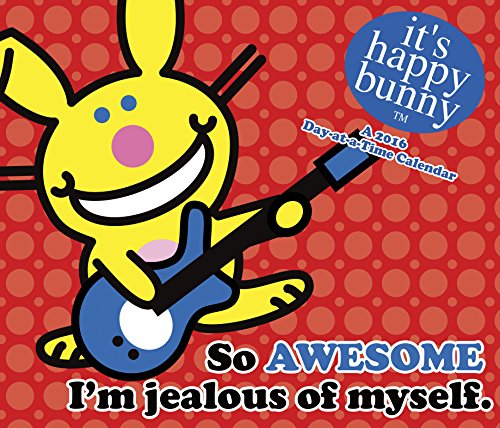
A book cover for It's Happy Bunny Day At A Time 2016 Box Calendar; Trends International; Calendars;